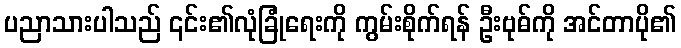
ပညာသားပါသည် ၎င်း၏လုံခြုံရေးကို ကွမ်းစိုက်ရန် ဦးဗုဓ်ကို အင်တာပို၏